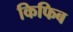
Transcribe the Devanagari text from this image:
किफिब